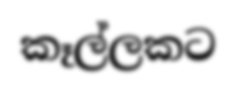
කෑල්ලකට